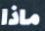
ماذا